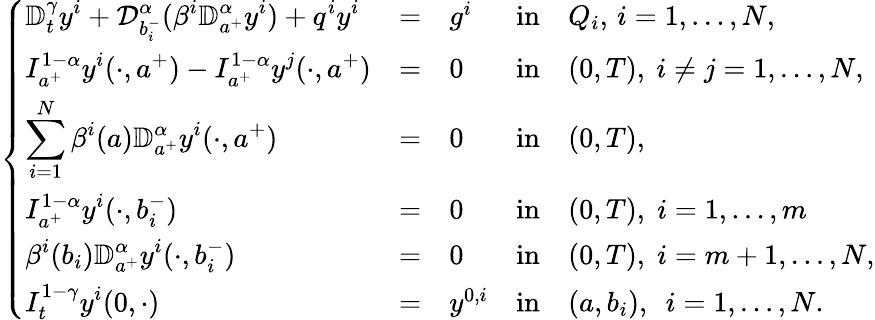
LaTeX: \left\{ \begin{array}{lllllllllllllllll}{\displaystyle{\mathbb D}_{t}^{\gamma}y^{i}+\mathcal{D}_{b_{i}^{-}}^{\alpha}(\beta^{i}\mathbb{D}_{a^{+}}^{\alpha}y^{i})+q^{i}y^{i}}&{=}&{g^{i}}&{\mathrm{in}}&{Q_{i},\, i=1,\dots,N,}\\ {\displaystyle I_{a^{+}}^{1-\alpha}y^{i}(\cdot,a^{+})-I_{a^{+}}^{1-\alpha}y^{j}(\cdot,a^{+})}&{=}&{0}&{\mathrm{in}}&{(0,T),~i\neq j=1,\dots,N,}\\ {\displaystyle\sum_{i=1}^{N}\beta^{i}(a)\mathbb{D}_{a^{+}}^{\alpha}y^{i}(\cdot,a^{+})}&{=}&{0}&{\mathrm{in}}&{(0,T),}\\ {\displaystyle I_{a^{+}}^{1-\alpha}y^{i}(\cdot,b_{i}^{-})}&{=}&{0}&{\mathrm{in}}&{(0,T),\; i=1,\dots,m}\\ {\displaystyle\beta^{i}(b_{i})\mathbb{D}_{a^{+}}^{\alpha}y^{i}(\cdot,b_{i}^{-})}&{=}&{0}&{\mathrm{in}}&{(0,T),\; i=m+1,\dots,N,}\\ {\displaystyle I_{t}^{1-\gamma}y^{i}(0,\cdot)}&{=}&{y^{0,i}}&{\mathrm{in}}&{(a,b_{i}),~~i=1,\dots,N.}\end{array}\right.